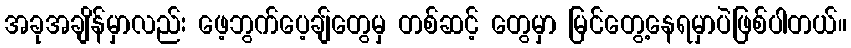
အခုအချိန်မှာလည်း ဖေ့ဘွက်ပေ့ချ်တွေမှ တစ်ဆင့် တွေမှာ မြင်တွေ့နေရမှာပဲဖြစ်ပါတယ်။